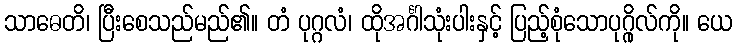
သာဓေတိ၊ ပြီးစေသည်မည်၏။ တံ ပုဂ္ဂလံ၊ ထိုအင်္ဂါသုံးပါးနှင့် ပြည့်စုံသောပုဂ္ဂိုလ်ကို။ ယေ